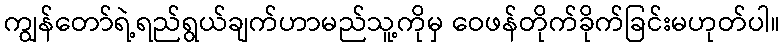
ကျွန်တော်ရဲ့ရည်ရွယ်ချက်ဟာမည်သူ့ကိုမှ ဝေဖန်တိုက်ခိုက်ခြင်းမဟုတ်ပါ။